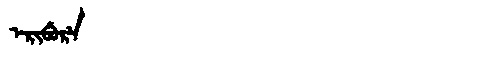
Manchu: ᡝᡵᡳᠪᡠᡵᡝ
Romanization: ERIBURE